Annual report of the Imperial Bacteriologist
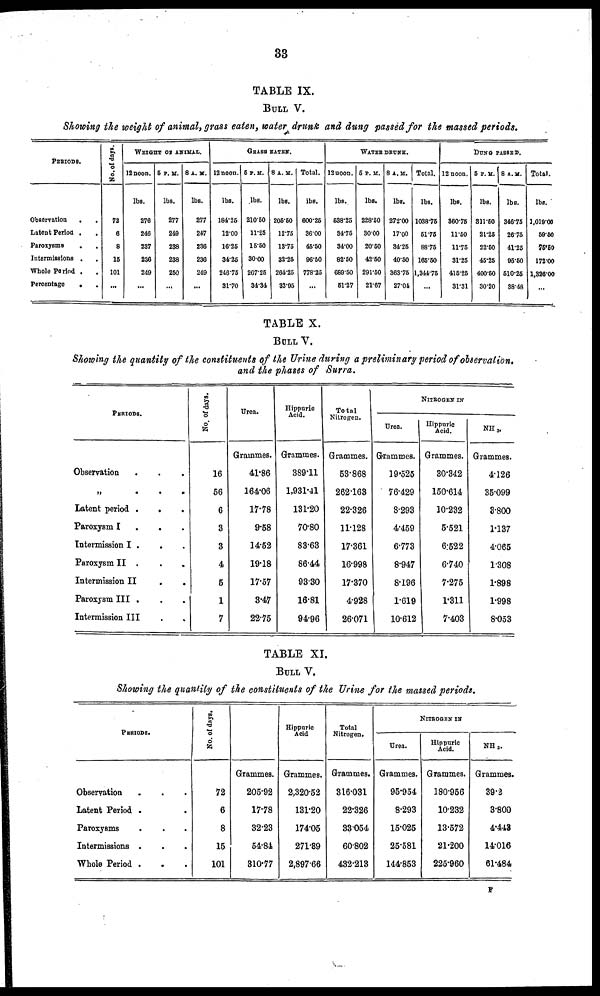
33
TABLE IX.
BULL V.
Showing the weight of animal, grass eaten, water drunk and dung passed for the massed periods.
PERIODS.
Observation . .
Latent Period . .
Paroxysms. .
Intermissions . .
Whole Period . .
Percentage . .
No of days
72
6
8
15
101
...
WEIGHT OF ANIMAL.
12 noon.
lbs.
276
246
237
236
249
...
5 P. M.
lbs.
277
249
238
238
250
...
8 A.M.
lbs.
277
247
236
236
249
...
12 noon.
lbs.
184.25
12.00
16.25
34.25
246.75
31.70
GRASS EATEN.
5 P.M.
lbs.
210.50
11.25
15.50
30.00
267.25
34.34
8 A. M.
lbs.
205.50
12.75
13.75
32.25
264.25
33.95
Total.
lbs.
600.25
36.00
45.50
96.50
778.25
...
WATER DRUNK.
12 noon.
lbs.
538.25
34.75
34.00
82.50
689.50
51.27
5 P. M.
lbs.
228.50
30.00
20.50
42.50
291.50
21.67
8 A.M.
lbs.
272.00
17.00
34.25
40.50
363.75
27.04
Total.
lbs.
1038.75
51.75
88.75
165.50
1,344.75
...
DUNG PASSED.
12 noon.
lbs.
360.75
11.50
11.75
31.25
415.25
31.31
5 P.M.
lbs.
311.50
21.25
22.50
45.25
400.50
30.20
8 A.M.
lbs.
346.75
26.75
41.25
95.50
510.25
38.48
Total.
lbs.
1,019.00
59.50
75.50
172.00
1,326.00
...
TABLE X.
BULL V.
Showing the quantity of the constituents of the Urine during a preliminary period of observation.
and the phases of Surra.
PERIODS.
Observation . . .
„
.
.
.
Latent period .
. .
Paroxysm I
.
. .
Intermission I . . .
Paroxysm II . . .
Intermission II
.
.
Paroxysm III . . .
Intermission III . .
No. of days.
16
56
6
3
3
4
5
1
7
Urea.
Grammes.
41.86
164.06
17.78
9.58
14.52
19.18
17.57
3.47
22.75
Hippuric
Acid.
Grammes.
389.11
1,931.41
131.20
70.80
83.63
86.44
93.30
16.81
94.96
Total
Nitrogen.
Grammes.
53.868
262.163
22.326
11.128
17.361
16.998
17.370
4.928
26.071
Urea.
Grammes.
19.525
76.429
8.293
4.459
6.773
8.947
8.196
1.619
10.612
NITROGEN IN
Hippuric
Acid.
Grammes.
30.342
150.614
10.232
5.521
6.522
6.740
7.275
1.311
7.403
NH 3 .
Grammes.
4.126
35.099
3.800
1.137
4.065
1.308
1.898
1.998
8.053
TABLE XI.
BULL V.
Showing the quantity of the constituents of the Urine for the massed periods.
PERIODS.
Observation . . .
Latent Period . .
Paroxysms . .
Intermissions . . .
Whole Period . . .
No. of days.
72
6
8
15
101
Grammes.
205.92
17.78
32.23
54.84
310.77
Hippuric
Acid
Grammes.
2,320.52
131.20
174.05
271.89
2,897.66
Total
Nitrogen.
Grammes.
316.031
22.326
33.054
60.802
432.213
Urea.
Grammes.
95.954
8.293
15.025
25.581
144.853
NITROGEN IN
Hippuric
Acid.
Grammes.
180.956
10.232
13.572
21.200
225.960
NH 3.
Grammes.
39.2
3.800
4.443
14.016
61.484
F